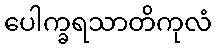
ပေါက္ခရသာတိကုလံ